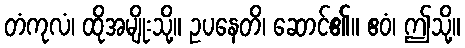
တံကုလံ၊ ထိုအမျိုးသို့။ ဥပနေတိ၊ ဆောင်၏။ ဧဝံ၊ ဤသို့။